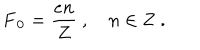
\mathbf { F _ { 0 } } = \frac { e n } { Z } \ , \quad n \in { \bf Z } \ .